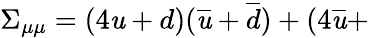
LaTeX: \Sigma_{\mu\mu}=(4\mathit{u}+d)(\overline{{{{\mathit{u}}}}}+\overline{{{{d}}}})+(4\overline{{{{\mathit{u}}}}}+